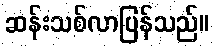
ဆန်းသစ်လာပြန်သည်။